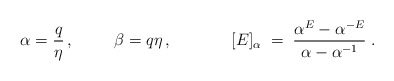
\begin{align*} \alpha=\frac q\eta \,,\hspace{1cm}\beta=q\eta \,,\hspace{1.5cm}[E]_{\alpha} \;=\; \frac{\alpha^{E}-\alpha^{-E}}{\alpha-\alpha^{-1}}\;.\end{align*}